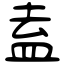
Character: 盍